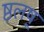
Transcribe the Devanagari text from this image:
ष्ठलष्